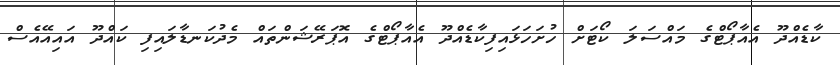
ކާޑެއްދޫ އެއާޕޯޓްގެ މައްސަލަ ކޯޓަށް ހުށަހަޅައިފިކާޑެއްދޫ އެއާޕޯޓްގެ އޮޕަރޭޝަންތައް މެދުކަނޑާލައިފި ކައްދޫ އައިއޭއެސް